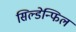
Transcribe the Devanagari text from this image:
सिल्डेन्फिल